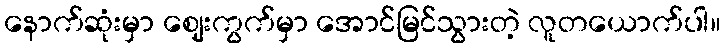
နောက်ဆုံးမှာ ဈေးကွက်မှာ အောင်မြင်သွားတဲ့ လူတယောက်ပါ။